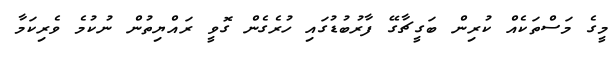
މީގެ މަސްތަކެއް ކުރިން ބަގީޗާގޭ ފާރުބުޑުގައި ހުރެގެން ގޮވީ ރައްޔިތުން ނުކުމެ ވެރިކަމާ